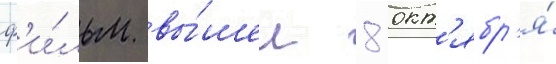
ф'и́льм вы́шел 8 окт'ябр'я́